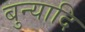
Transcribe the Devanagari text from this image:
बुन्यादि